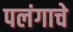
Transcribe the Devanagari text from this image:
पलंगाचे